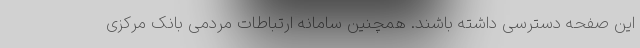
این صفحه دسترسی داشته باشند. همچنین سامانه ارتباطات مردمی بانک مرکزی